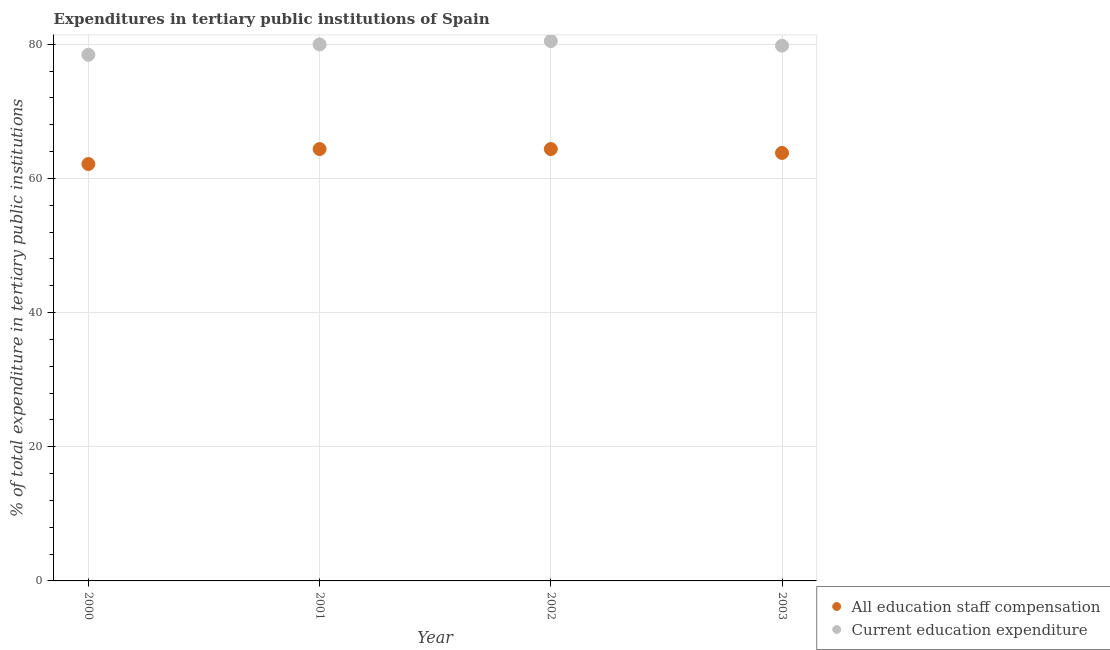
| Year | All education staff compensation | Current education expenditure |
 | --- | --- | --- |
 | 2000 | 62.2 | 78.4 |
 | 2001 | 64.4 | 80 |
 | 2002 | 64.4 | 80.5 |
 | 2003 | 63.8 | 79.8 |